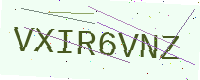
Text: VXIR6VNZ